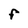
Character: F